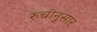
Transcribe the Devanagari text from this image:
रुचीनुसार